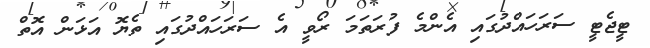
ޓީޖެޓީ ސަރަހައްދުގައި އެންމެ ފުރަތަމަ ރޯވީ އެ ސަރަހައްދުގައި ތެޔޮ އަޅަން އޮތް